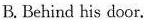
B. Behind his door.